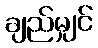
ချည်မျှင်